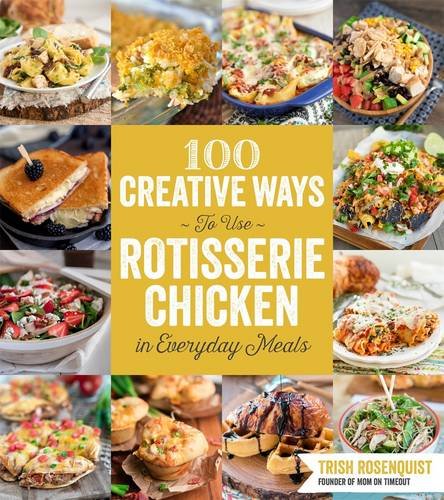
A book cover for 100 Creative Ways to Use Rotisserie Chicken in Everyday Meals; Trish Rosenquist; Cookbooks, Food & Wine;